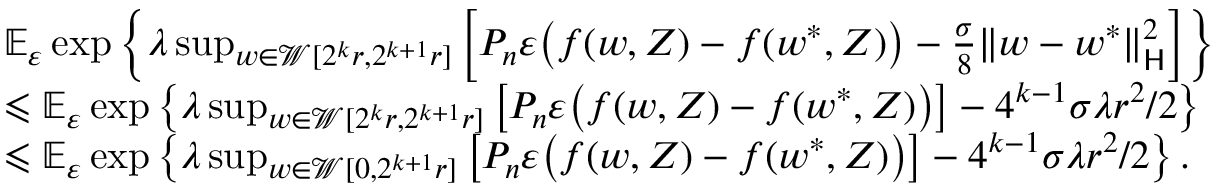
\begin{array} { r l } & { \mathbb E _ { \varepsilon } \exp \left\{ \lambda \operatorname* { s u p } _ { w \in \mathcal W [ 2 ^ { k } r , 2 ^ { k + 1 } r ] } \left[ P _ { n } \varepsilon \big ( f ( w , Z ) - f ( w ^ { * } , Z ) \big ) - \frac { \sigma } 8 \| w - w ^ { * } \| _ { \mathsf H } ^ { 2 } \right] \right\} } \\ & { \leqslant \mathbb E _ { \varepsilon } \exp \left\{ \lambda \operatorname* { s u p } _ { w \in \mathcal W [ 2 ^ { k } r , 2 ^ { k + 1 } r ] } \left[ P _ { n } \varepsilon \big ( f ( w , Z ) - f ( w ^ { * } , Z ) \big ) \right] - 4 ^ { k - 1 } \sigma \lambda r ^ { 2 } / 2 \right\} } \\ & { \leqslant \mathbb E _ { \varepsilon } \exp \left\{ \lambda \operatorname* { s u p } _ { w \in \mathcal W [ 0 , 2 ^ { k + 1 } r ] } \left[ P _ { n } \varepsilon \big ( f ( w , Z ) - f ( w ^ { * } , Z ) \big ) \right] - 4 ^ { k - 1 } \sigma \lambda r ^ { 2 } / 2 \right\} . } \end{array}